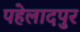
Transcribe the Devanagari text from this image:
पहेलादपुर